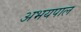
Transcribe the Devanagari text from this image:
अभयपाल